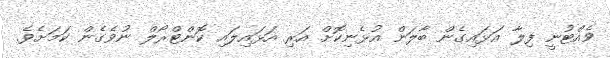
ވެއްޓުނީ ފިލާ އަޅައިގެން ބާލަން އުޅެނިކޮށް އަރި އަޅައިލައި ކޮންޓްރޯލް ނުވެގެން ކަމަށެވެ.